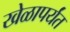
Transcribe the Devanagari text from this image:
खेळापर्यंत